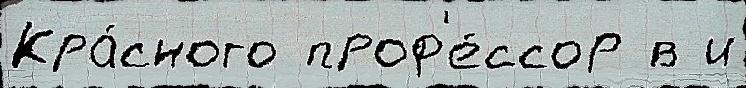
Кра́сного проф'е́ссор в и